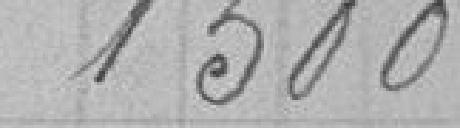
1500